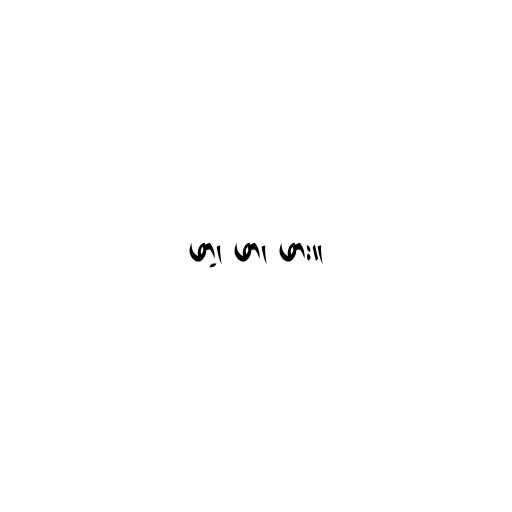
ဖာ့၊ ဖာ၊ ဖား။